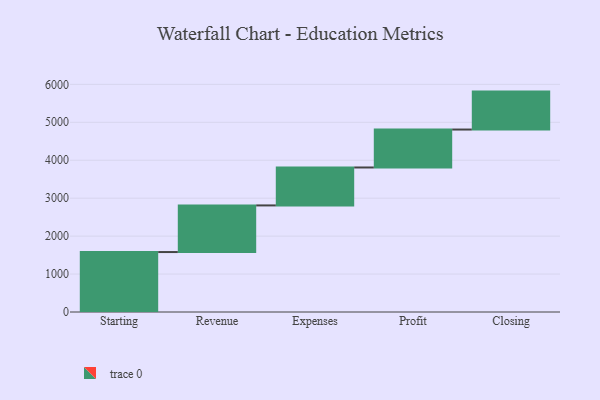
{"axis": {"x": "Step", "y": "Value"}, "legend": [""], "data": [{"x": "Starting", "y": 1580.0, "type": ""}, {"x": "Revenue", "y": 1229.0, "type": ""}, {"x": "Expenses", "y": 1000, "type": ""}, {"x": "Profit", "y": 1000, "type": ""}, {"x": "Closing", "y": 1000, "type": ""}]}